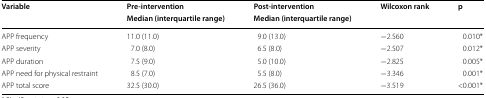
<table><thead><tr><td rowspan="2"><b>Variable</b></td><td><b>Pre-intervention</b></td><td><b>Post-intervention</b></td><td rowspan="2"><b>Wilcoxon rank</b></td><td rowspan="2"><b>p</b></td></tr><tr><td><b>Median (interquartile range)</b></td><td><b>Median (interquartile range)</b></td></tr></thead><tbody><tr><td>APP frequency</td><td>11.0 (11.0)</td><td>9.0 (13.0)</td><td>−2.560</td><td>0.010*</td></tr><tr><td>APP severity</td><td>7.0 (8.0)</td><td>6.5 (8.0)</td><td>−2.507</td><td>0.012*</td></tr><tr><td>APP duration</td><td>7.5 (9.0)</td><td>5.0 (10.0)</td><td>−2.825</td><td>0.005*</td></tr><tr><td>APP need for physical restraint</td><td>8.5 (7.0)</td><td>5.5 (8.0)</td><td>−3.346</td><td>0.001*</td></tr><tr><td>APP total score</td><td>32.5 (30.0)</td><td>26.5 (36.0)</td><td>−3.519</td><td>&lt;0.001*</td></tr></tbody></table>